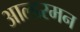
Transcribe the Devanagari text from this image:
आल्डरमन